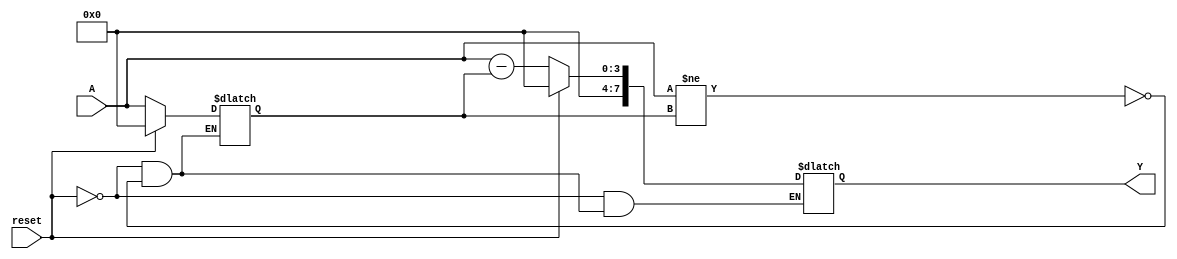
module relative_encoder #(
    parameter N = 4, // Number of bits for the binary input (A)
    parameter M = 8  // Number of bits for the BCD output (Y)
)(
    input wire [N-1:0] A,          // n-bit Binary Input
    input wire reset,               // Reset signal
    output reg [M-1:0] Y           // m-bit BCD Output
);

    reg [N-1:0] previous_A;        // Register to hold the previous input state
    reg [N-1:0] difference;         // Register to hold the difference

    always @(*) begin
        if (reset) begin
            Y <= 0;                 // Reset the BCD output
            previous_A <= 0;       // Reset the previous input state
        end else begin
            if (A != previous_A) begin
                // Calculate the difference
                difference = A - previous_A;

                // Convert the difference to BCD
                // Here, we assume the difference is within the range of BCD representation
                // The BCD conversion logic can be implemented based on the application needs
                Y = difference; // For simplicity, assuming the difference fits in BCD directly

                // Update the previous state
                previous_A <= A;
            end else begin
                // If no change, maintain the last known position
                Y <= Y;
            end
        end
    end

endmodule